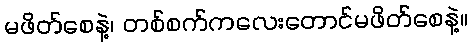
မဖိတ်စေနဲ့၊ တစ်စက်ကလေးတောင်မဖိတ်စေနဲ့။